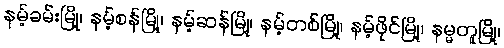
နမ့်ခမ်းမြို့၊ နမ့်စန်မြို့၊ နမ့်ဆန်မြို့၊ နမ့်တစ်မြို့၊ နမ့်ဖိုင်မြို့၊ နမ္မတူမြို့၊